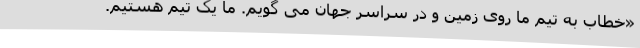
«خطاب به تیم ما روی زمین و در سراسر جهان می گویم. ما یک تیم هستیم.